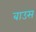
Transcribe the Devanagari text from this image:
बाउस